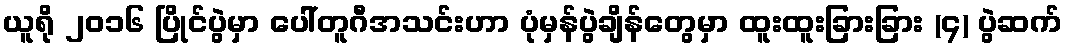
ယူရို ၂၀၁၆ ပြိုင်ပွဲမှာ ပေါ်တူဂီအသင်းဟာ ပုံမှန်ပွဲချိန်တွေမှာ ထူးထူးခြားခြား (၄) ပွဲဆက်